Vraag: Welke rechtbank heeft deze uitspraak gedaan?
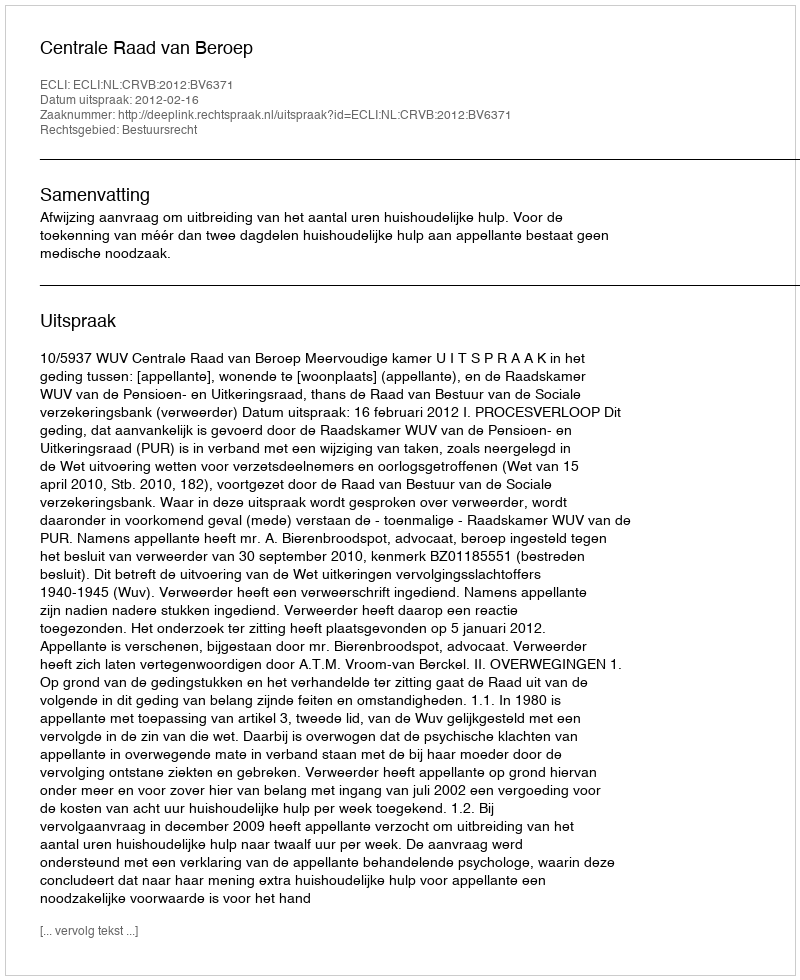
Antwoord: Centrale Raad van Beroep